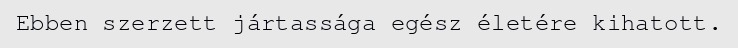
Ebben szerzett jártassága egész életére kihatott.